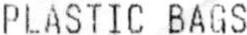
PLASTIC BAGS